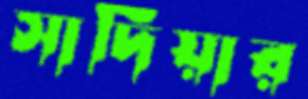
সাদিয়ার